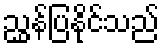
ညွှန်ပြနိုင်သည်